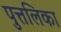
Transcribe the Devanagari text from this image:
पुत्तलिका